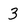
Character: 3